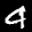
Label: 4